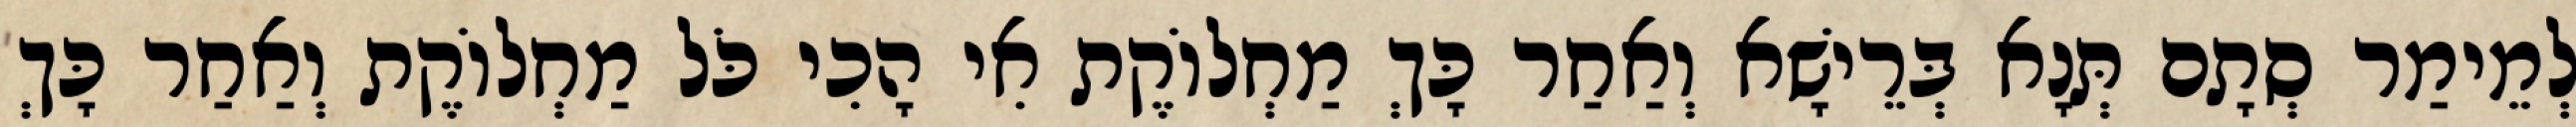
לְמֵימַר סְתָם תְּנָא בְּרֵישָׁא וְאַחַר כָּךְ מַחְלוֹקֶת אִי הָכִי כֹּל מַחְלוֹקֶת וְאַחַר כָּךְ